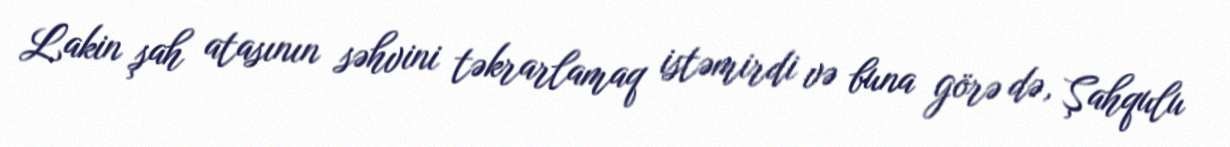
Lakin şah atasının səhvini təkrarlamaq istəmirdi və buna görə də, Şahqulu